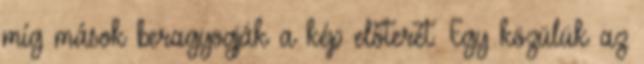
míg mások beragyogják a kép előterét. Egy közülük az